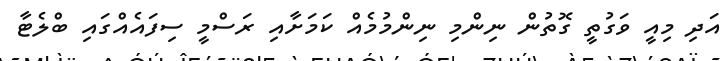
އަދި މިއީ ވަގުތީ ގޮތުން ނިންމި ނިންމުމެއް ކަމަށާއި ރަސްމީ ސިފައެއްގައި ބްލެޓާ